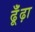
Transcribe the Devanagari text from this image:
ढूँंढ़ा